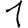
Digit: 1